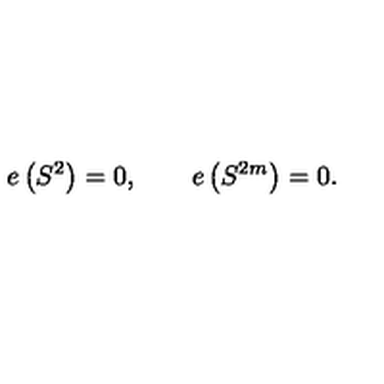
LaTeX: e \left( S ^ { 2 } \right) = 0 , \qquad e \left( S ^ { 2 m } \right) = 0 .